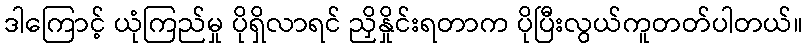
ဒါကြောင့် ယုံကြည်မှု ပိုရှိလာရင် ညှိနှိုင်းရတာက ပိုပြီးလွယ်ကူတတ်ပါတယ်။